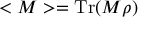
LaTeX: < M > = \operatorname { T r } ( M \rho )